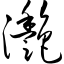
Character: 滟